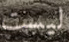
ليست